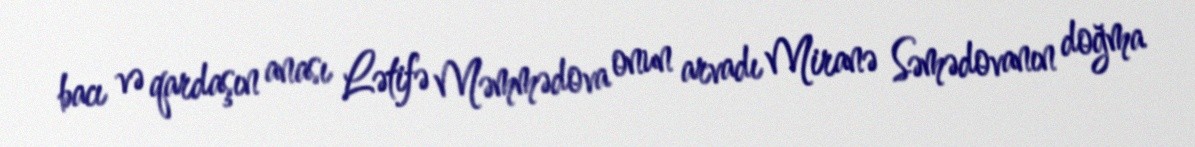
bacı və qardaşın anası Lətifə Məmmədova onun arvadı Miranə Səmədovanın doğma